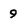
Character: 9